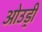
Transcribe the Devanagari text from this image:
ओउड्री